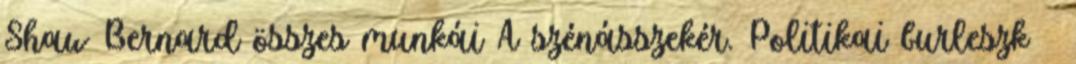
Shaw Bernard összes munkái A szénásszekér. Politikai burleszk